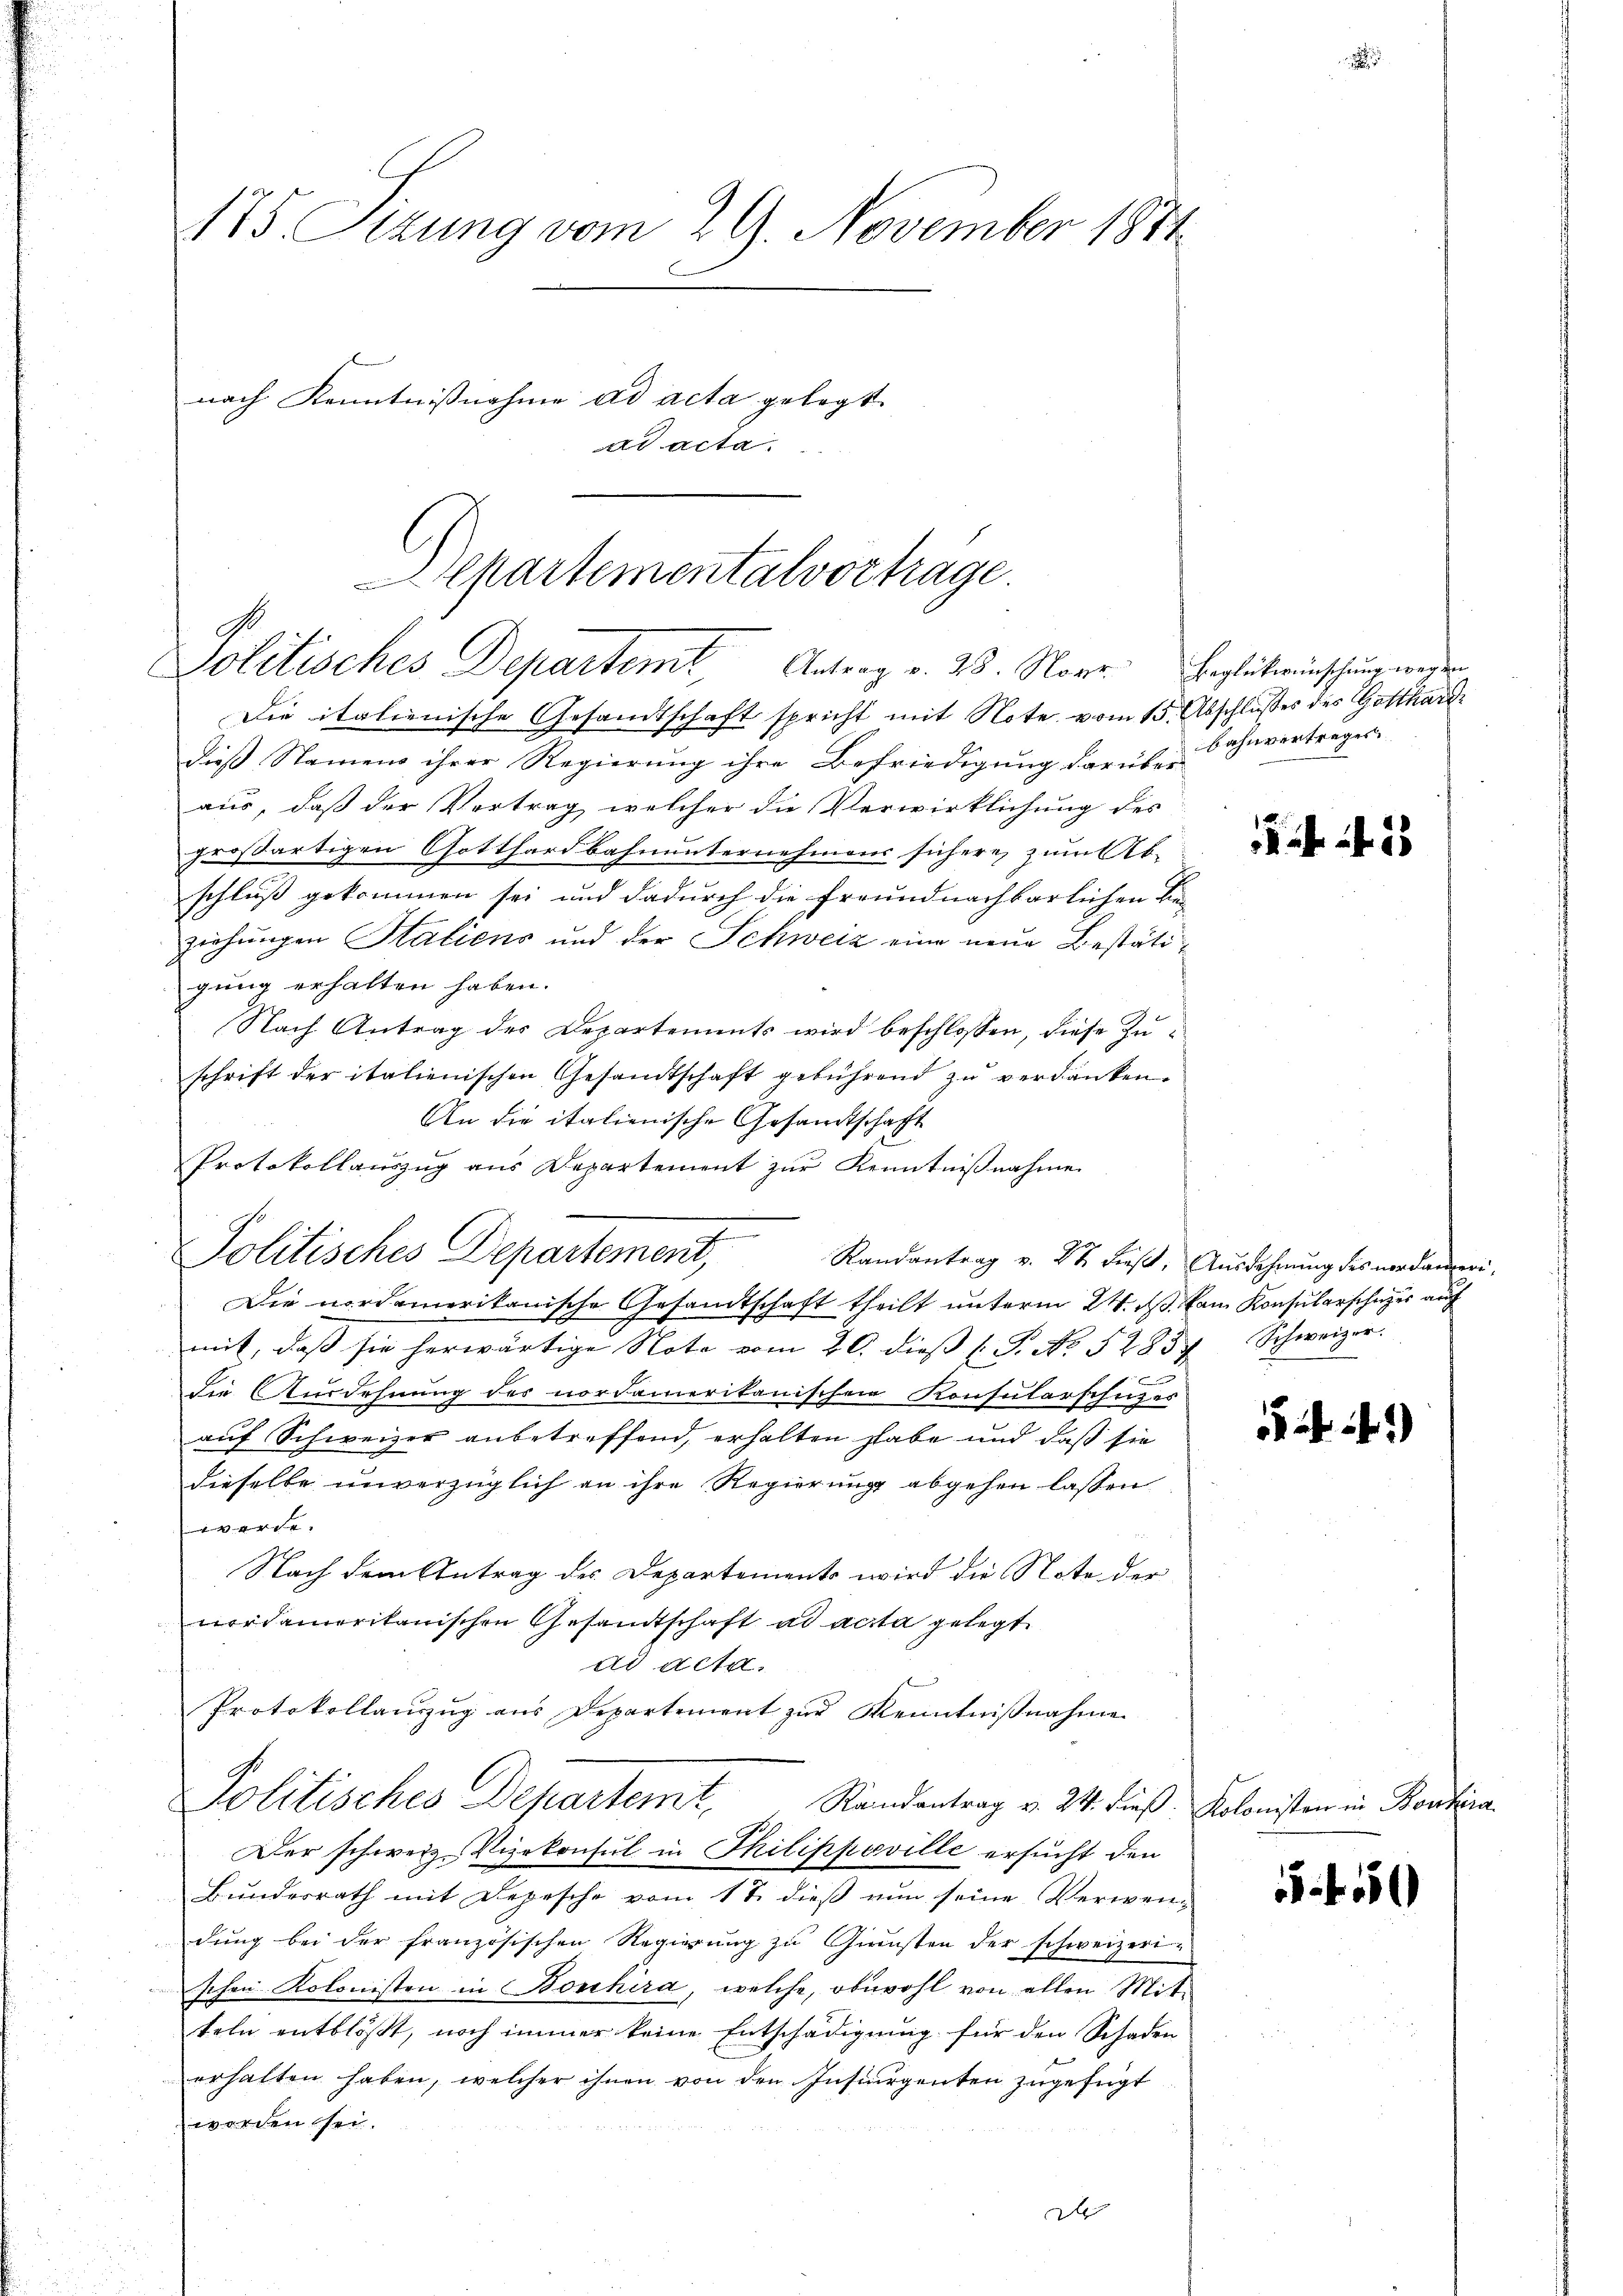
175. Sizung vom 29. November 1874
nach Kenntnisnahme ad acta gelegt.
ad acta.

Departementalvortrage.
Politisches Departemt Antrag v. 25. Nove. Beglükwünschung wegen

Die italienische Gesandtschaft spricht mit Note vom 15. Abschlusses des Gotthard
dieß Namens ihrer Regierung ihre Befriedigung darüber ihnvertrages.
aus, daß der Vertrag, welcher die Verwirklichung des
großartigen Gotthardbahnunternehmens sichere zum Abschluß gekommen sei und dadurch die freundnachbarlichen Be-
ziehungen Statiens und der Schweiz eine neue Bestätigung erhalten haben.
Nach Antrag des Departements wird beschlossen, diese Zuschrift der italienischen Gesandtschaft gebührend zu verdanken.
An die italienische Gesandtschaft
Protokollauszug aus Departement zur Kenntnißnahme
Politisches Departement,
Die nordamerikanische Gesandtschaft theilt unterm 24. ds. kam Konsularschuzes auf
mit, daß sie herwärtige Note vom 20. dieß (T. No. 52837 Schweizer
f
die Ausdehnung des nordamerikanischen Konsularschuzes
auf Schweizer anbetreffend, erhalten habe und daß sie
dieselbe unverzüglich an ihre Regierung abgehen lassen
e
Nach dem Antrag des Departements wird die Note der
nordamerikanischen Gesandtschaft ad acta gelegt
ad acta.
Protokollauszug aus Departement zur Kenntnißnahme
Politisches Departemt,
Randantrag v. 24. dieß. Kolonisten in Bonhira
Der schweiz. Vizekonsul in Thilippoville ersucht den
Bundesrath mit Depesche vom 17. dieß nun seine Verwen-
dung bei der französischen Regierung zu Gunsten der schweizeri-
schen Kolonisten in Bonhira, welche, obwohl von allen Mitteln entblößt, noch immer keine Entschädigung für den Schaden
erhalten haben, welcher ihnen von den Insturgenten zugefügt
worden sei.
d

Randantrag v. 22. Fies, Ausdehnung des nordameri

f 45

2.)

50